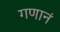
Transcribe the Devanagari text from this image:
गणानं